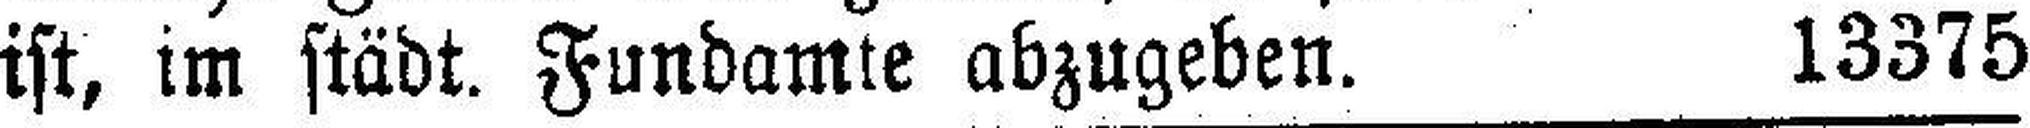
ist, im städt. Fundamte abzugeben. 13375